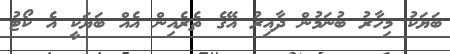
ބަޔަކު މިހާރު ބުނަމުން ދާއިރު އޭގެ ތެރެއިން އެއް ބަޔަކީ އެ ކޯޓު